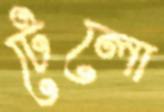
টেলো